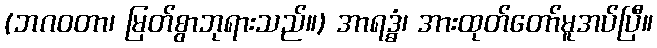
(ဘဂဝတာ၊ မြတ်စွာဘုရားသည်။) အာရဒ္ဓံ၊ အားထုတ်တော်မူအပ်ပြီ။